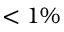
< 1 \%